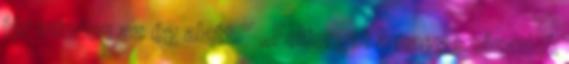
jár minden az ég alatt.” „Felforgat a nagy századok